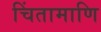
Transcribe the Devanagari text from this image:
चिंतामाणि